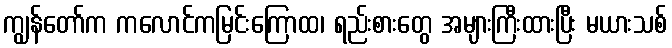
ကျွန်တော်က ကလောင်ကမြင်းကြောထ၊ ရည်းစားတွေ အများကြီးထားပြီး မယားသစ်